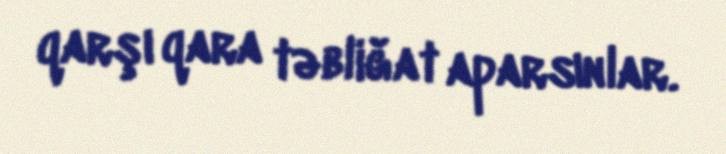
qarşı qara təbliğat aparsınlar.